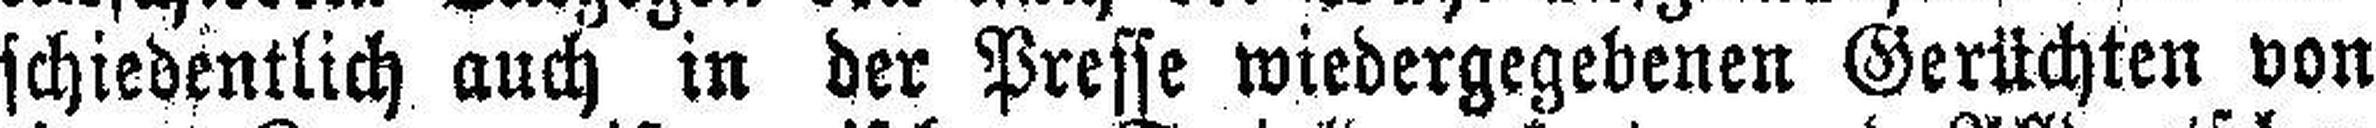
schiedentlich auch in der Presse wiedergegebenen Gerüchten von